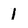
Character: 1